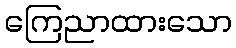
ကြေညာထားသော